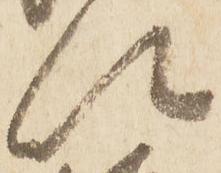
以